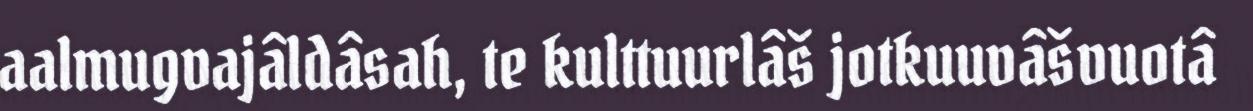
aalmugvajâldâsah, te kulttuurlâš jotkuuvâšvuotâ